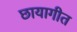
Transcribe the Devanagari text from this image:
छायागीत